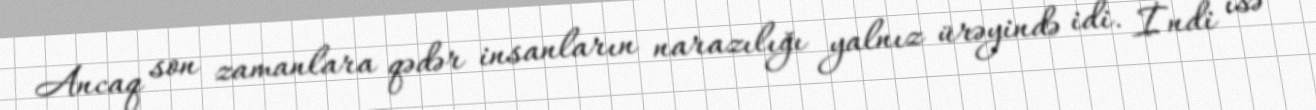
Ancaq son zamanlara qədər insanların narazılığı yalnız ürəyində idi. İndi isə